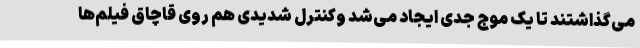
می‌گذاشتند تا یک موج جدی ایجاد می‌شد وکنترل شدیدی هم روی قاچاق فیلم‌ها